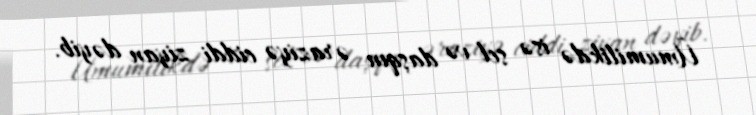
Ümumilikdə isə sel və daşqın əraziyə ciddi ziyan dəyib.